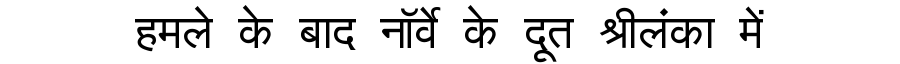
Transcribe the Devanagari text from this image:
हमले के बाद नॉर्वे के दूत श्रीलंका में